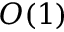
O ( 1 )